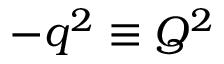
- q ^ { 2 } \equiv Q ^ { 2 }